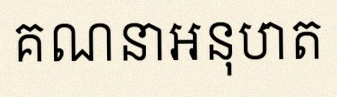
គណនាអនុបាត